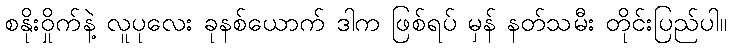
စနိုးဝှိုက်နဲ့ လူပုလေး ခုနစ်ယောက် ဒါက ဖြစ်ရပ် မှန် နတ်သမီး တိုင်းပြည်ပါ။